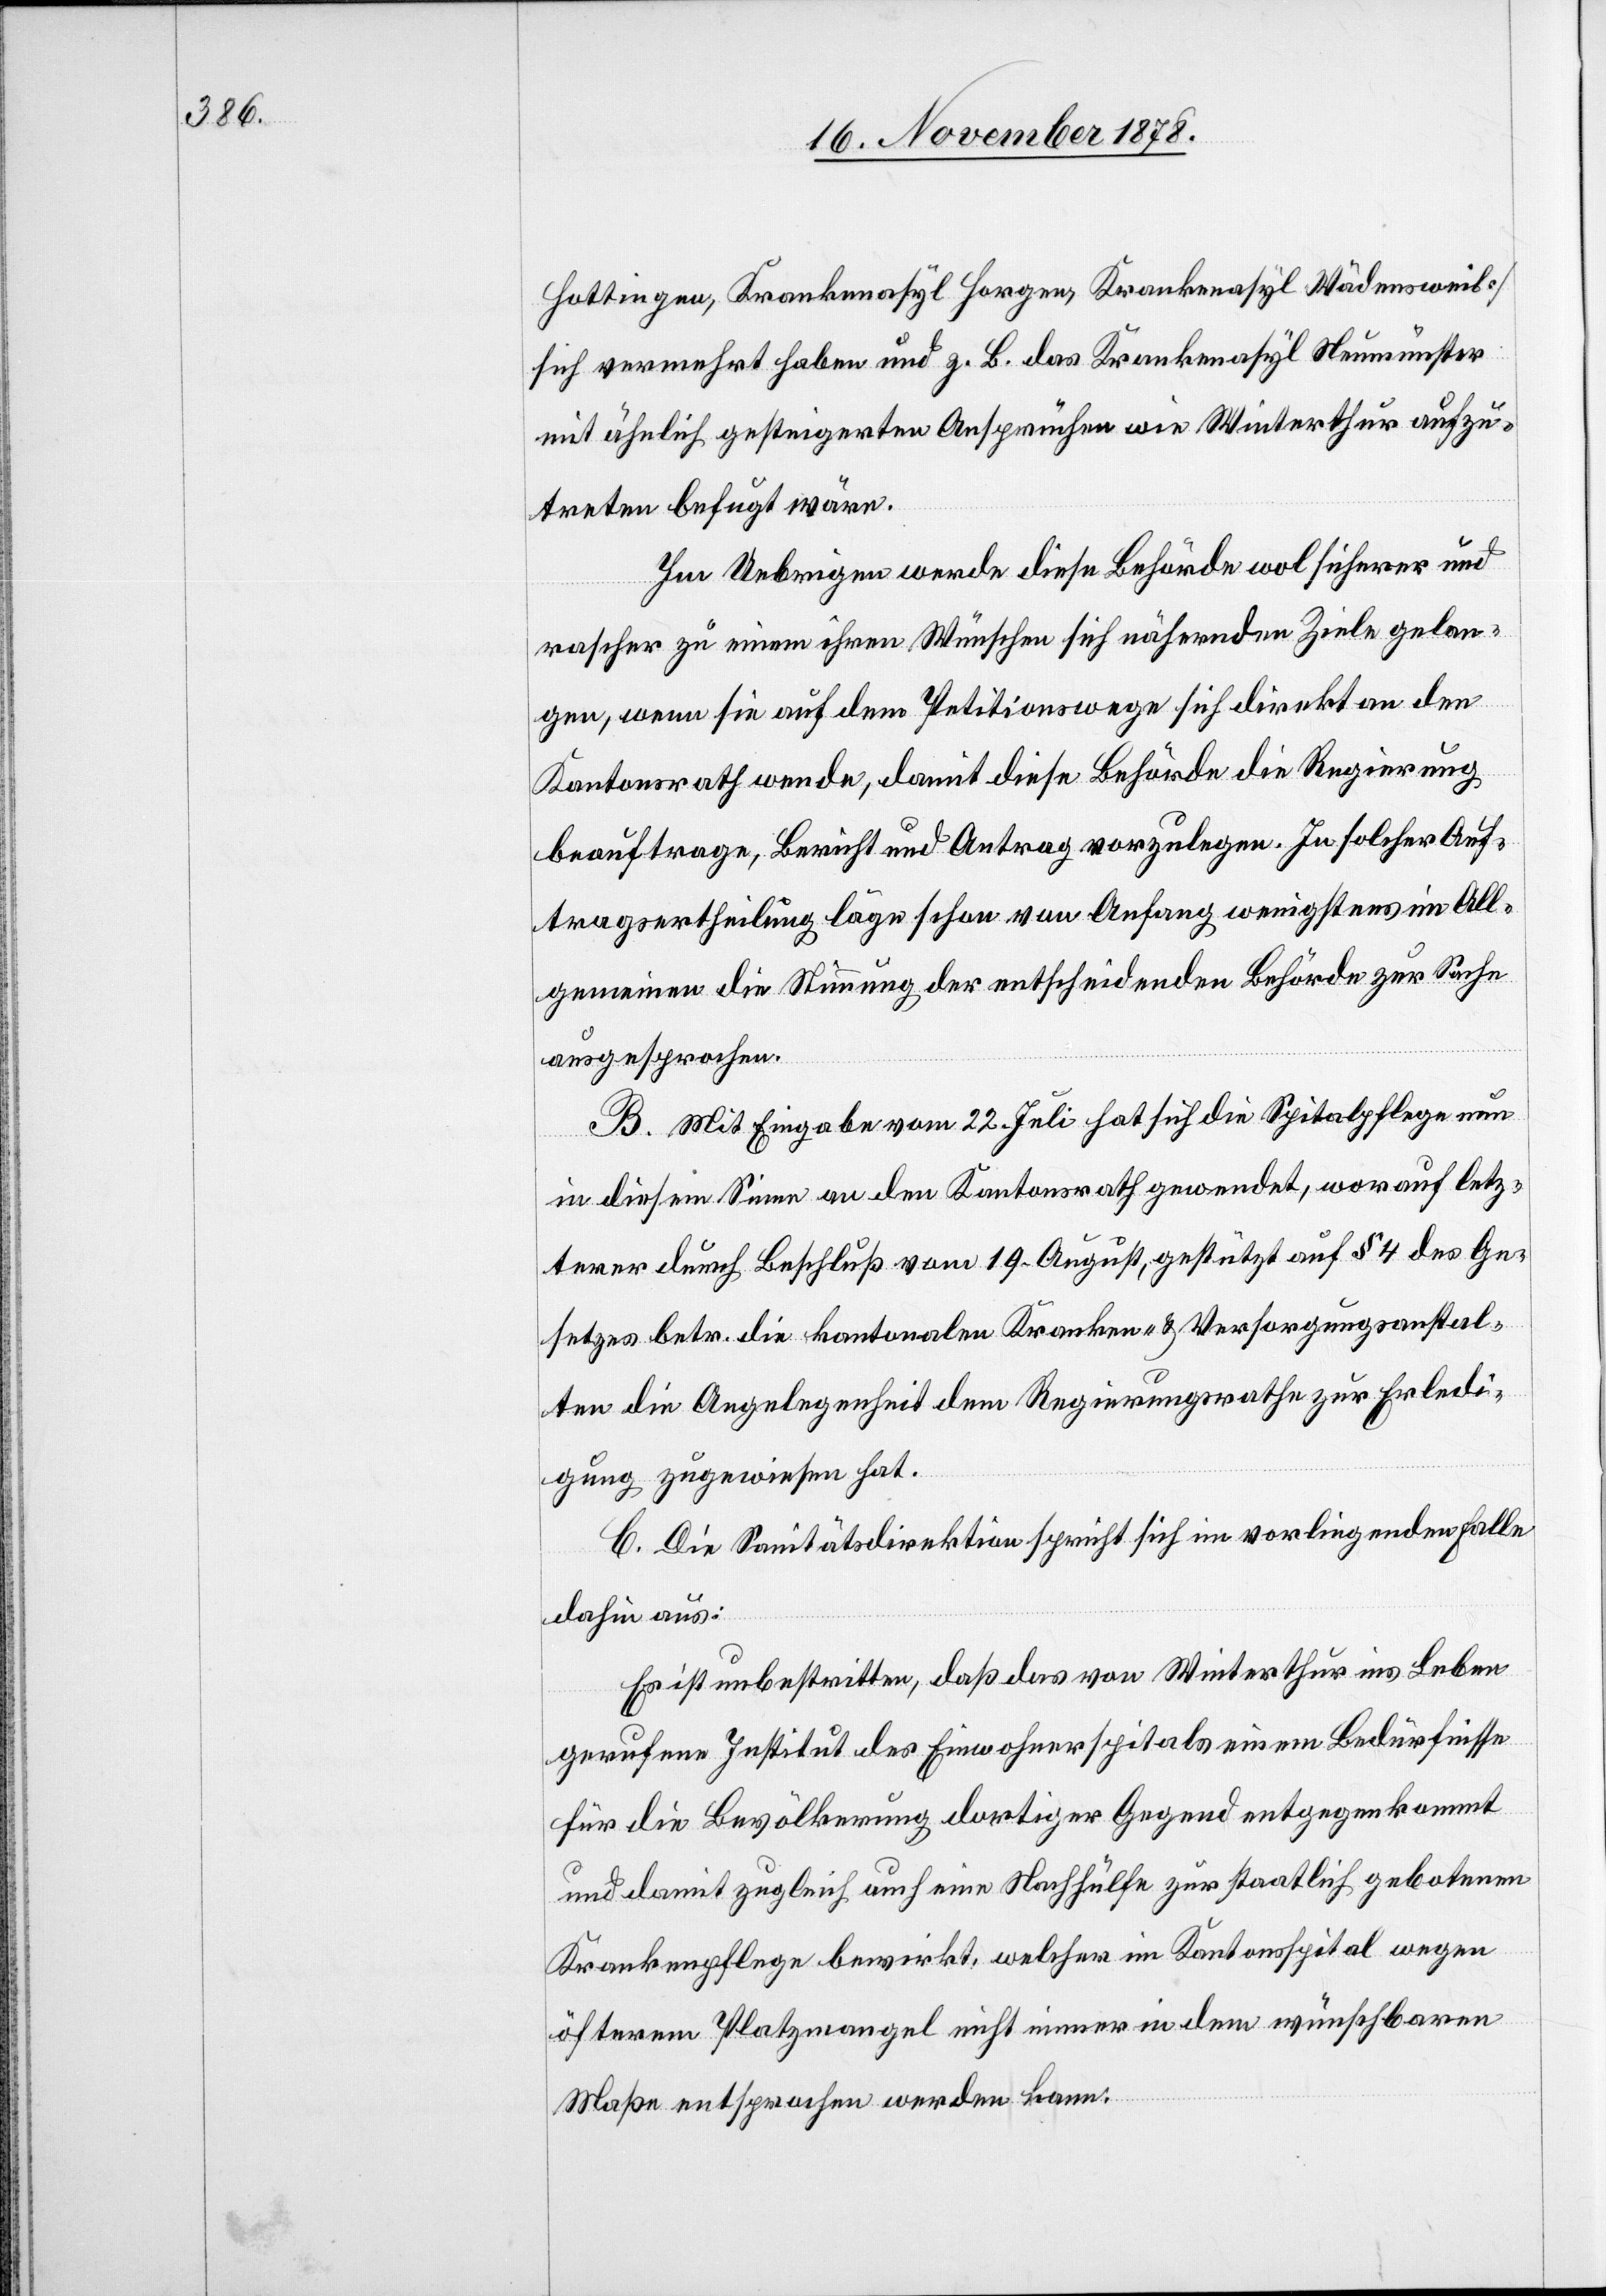
Hottingen, Krankenasyl Horgen, Krankenasyl Wädensweil]
sich vermehrt haben und z. B. das Krankenasyl Neumünster
mit ähnlich gesteigerten Ansprüchen wie Winterthur aufzu¬
treten befugt wäre.
Im Uebrigen werde diese Behörde wol sicherer und
rascher zu einem ihren Wünschen sich nähernden Ziele gelan¬
gen, wenn sie auf dem Petitionswege sich direkt an den
Kantonsrath wende, damit diese Behörde die Regierung
beauftrage, Bericht und Antrag vorzulegen. In solcher Auf¬
tragsertheilung läge schon von Anfang wenigstens im All¬
gemeinen die Stimmung der entscheidenden Behörde zur Sache
ausgesprochen.
B. Mit Eingabe vom 22. Juli hat sich die Spitalpflege nun
in diesem Sinne an den Kantonsrath gewendet, worauf letz¬
terer durch Beschluß vom 19. August, gestützt auf § 4 des Ge¬
setzes betr. die kantonalen Kranken- & Versorgungsanstal¬
ten die Angelegenheit dem Regierungsrathe zur Erledi¬
gung zugewiesen hat.
C. Die Sanitätsdirektion spricht sich im vorliegenden Falle
dahin aus:
Es ist unbestritten, daß das von Winterthur ins Leben
gerufene Institut des Einwohnerspitals einem Bedürfnisse
für die Bevölkerung dortiger Gegend entgegenkommt
und damit zugleich auch eine Nachhülfe zur staatlich gebotenen
Krankenpflege bewirkt, welcher im Kantonsspital wegen
öfterem Platzmangel nicht immer in dem wünschbaren
Maße entsprochen werden kann.